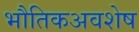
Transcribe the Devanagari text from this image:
भौतिकअवशेष